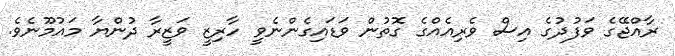
ރާއްޖޭގެ ވަފުދުގެ އިސް ވެރިއެއްގެ ގޮތުން ވަޑައިގެންނެވީ ހާރިޒީ ވަޒީރާ ދުންޔާ މައުމޫނެވެ.